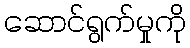
ဆောင်ရွက်မှုကို